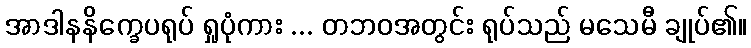
အာဒါနနိက္ခေပရုပ် ရှုပုံကား ... တဘဝအတွင်း ရုပ်သည် မသေမီ ချုပ်၏။